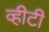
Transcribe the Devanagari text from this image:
व्हीटी